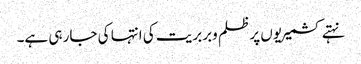
نہتے کشمیریوں پر ظلم وبربریت کی انتہا کی جار ہی ہے۔